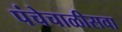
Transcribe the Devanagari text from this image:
पंचेचाळीसवा